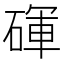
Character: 𬒚